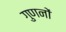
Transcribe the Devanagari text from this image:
गुणनों